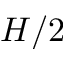
H / 2